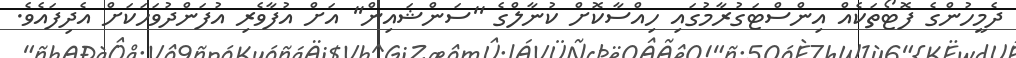
ދެމީހުންގެ ފޮޓޯތަކެއް އިންސްޓަގުރާމުގައި ހިއްސާކޮށް ކުނާލްގެ ''ސަންޝައިން'' އަށް އުފާވެރި އުފަންދުވަހަކަށް އެދިފައެވެ.